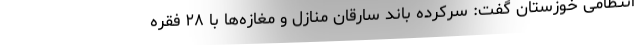
انتظامی خوزستان‌ گفت: سرکرده باند سارقان منازل و مغازه‌ها با ۲۸ فقره